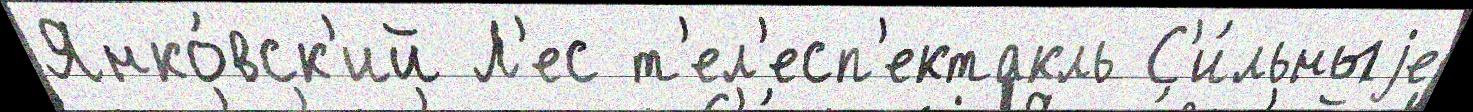
Янко́вск'ий Л'ес т'ел'есп'ектакль С'и́льныjе